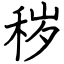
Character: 秽